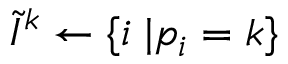
\tilde { I } ^ { k } \gets \{ i \; | p _ { i } = k \}